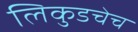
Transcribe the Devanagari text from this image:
लिकुडचेच